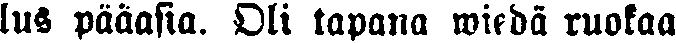
lus pääasia. Oli tapana wiedä ruokaa